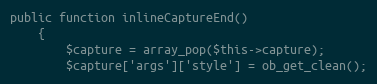
Language: PHP
public function inlineCaptureEnd()
    {
        $capture = array_pop($this->capture);
        $capture['args']['style'] = ob_get_clean();